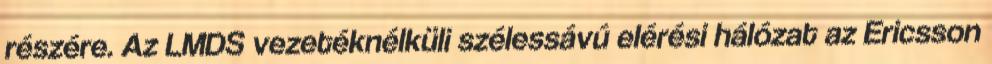
részére. Az LMDS vezetéknélküli szélessávú elérési hálózat az Ericsson